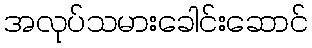
အလုပ်သမားခေါင်းဆောင်